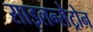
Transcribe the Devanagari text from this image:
साइलन्सेट्रोन